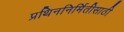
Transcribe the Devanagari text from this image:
प्रथिननिर्मितीसाठी